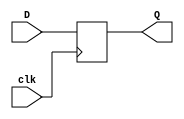
module D_FF (
    input D,
    input clk,
    output reg Q
);

always @(posedge clk) begin
    Q <= D;
end

endmodule